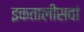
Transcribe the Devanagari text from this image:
इकतालीसवां